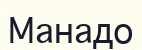
Манадо